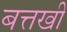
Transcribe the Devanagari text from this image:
बत्तखी